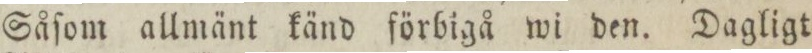
Såſom allmänt känd förbigå wi den. Dagligt